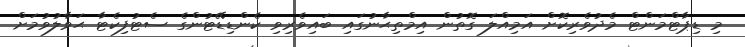
މި ޑިޕާޓްމަންޓް މެދުވެރިކޮށް އަމިއްލަ ގޮތުން އިމްތިޙާނުގައި ބައިވެރިވި ކެންޑިޑޭޓުންގެ ސެޓުފިކެޓާ ޙަވާލުވުމަށް